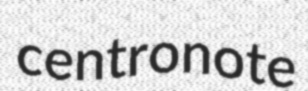
centronote